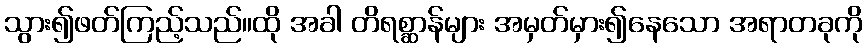
သွား၍ဖတ်ကြည့်သည်။ထို အခါ တိရစ္ဆာန်များ အမှတ်မှား၍နေသော အရာတခုကို